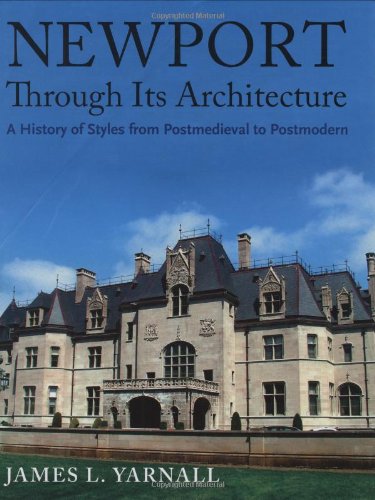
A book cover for Newport Through Its Architecture: A History of Styles from Postmedieval to Postmodern; James Yarnall; Arts & Photography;